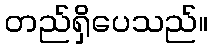
တည်ရှိပေသည်။